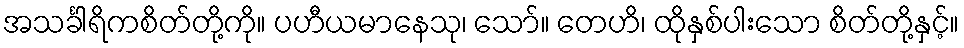
အသင်္ခါရိကစိတ်တို့ကို။ ပဟီယမာနေသု၊ သော်။ တေဟိ၊ ထိုနှစ်ပါးသော စိတ်တို့နှင့်။